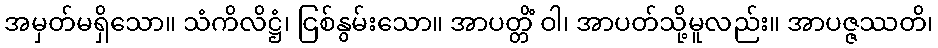
အမှတ်မရှိသော။ သံကိလိဋ္ဌံ၊ ငြစ်နွမ်းသော။ အာပတ္တိံ ဝါ၊ အာပတ်သို့မူလည်း။ အာပဇ္ဇဿတိ၊